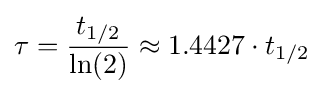
\tau ={\frac {t_{1/2}}{\ln(2)}}\approx 1.4427\cdot t_{1/2}